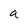
Character: a